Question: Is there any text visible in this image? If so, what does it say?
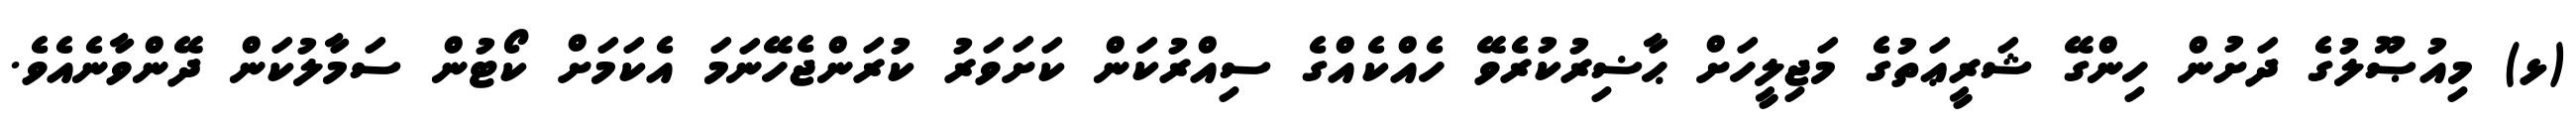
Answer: (ޅ) މިއުޞޫލުގެ ދަށުން ހިންގޭ ޝަރީޢަތުގެ މަޖިލީހަށް ޙާޟިރުކުރެވޭ ހެއްކެއްގެ ސިއްރުކަން ކަށަވަރު ކުރަންޖެހޭނަމަ އެކަމަށް ކޯޓުން ސަމާލުކަން ދޭންވާނެއެވެ.